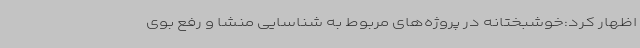
اظهار کرد:خوشبختانه در پروژه‌های مربوط به شناسایی منشا و رفع بوی